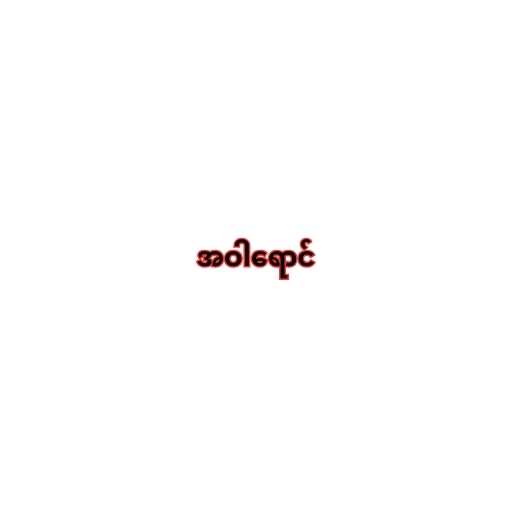
အဝါရောင်